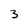
Character: 3